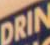
DRIN